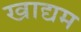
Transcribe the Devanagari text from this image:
खाद्यम